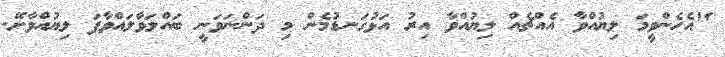
"އެހެންވީމަ ލިޔުއްވާ އެއްޗެއް ލިޔުއްވާ އިރު އަޅުގަނޑުމެން މި ދަންނަވަނީ ބައްލަވާލައްވާފަ ލިޔުއްވާށޭ.